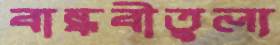
বান্ধবীতুল্য